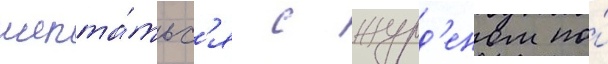
шепта́тьс'я с журд'еном по́